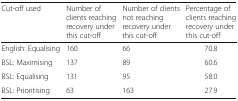
<table><thead><tr><td><b>Cut-off used</b></td><td><b>Number of clients reaching recovery under this cut-off</b></td><td><b>Number of clients not reaching recovery under this cut-off</b></td><td><b>Percentage of clients reaching recovery under this cut-off</b></td></tr></thead><tbody><tr><td>English: Equalising</td><td>160</td><td>66</td><td>70.8</td></tr><tr><td>BSL: Maximising</td><td>137</td><td>89</td><td>60.6</td></tr><tr><td>BSL: Equalising</td><td>131</td><td>95</td><td>58.0</td></tr><tr><td>BSL: Prioritising</td><td>63</td><td>163</td><td>27.9</td></tr></tbody></table>